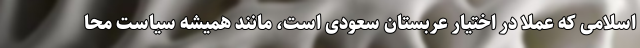
اسلامی که عملا در اختیار عربستان سعودی است، مانند همیشه سیاست محا